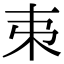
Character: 𣎺